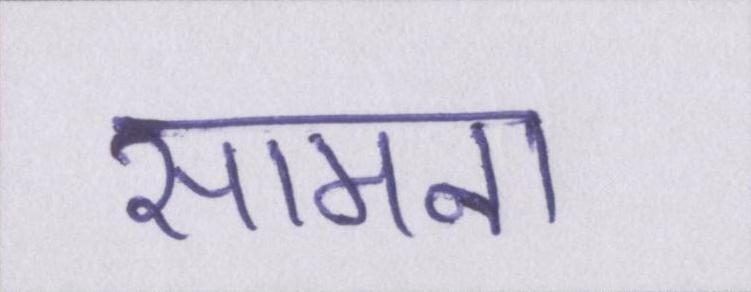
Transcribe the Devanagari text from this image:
सामना